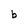
Character: b